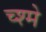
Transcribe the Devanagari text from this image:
च्श्मे